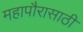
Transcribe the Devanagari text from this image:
महापौरासाठी